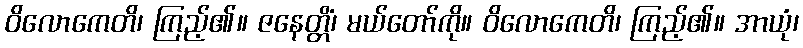
ဝိလောကေတိ၊ ကြည့်၏။ ဇနေတ္တိံ၊ မယ်တော်ကို။ ဝိလောကေတိ၊ ကြည့်၏။ အာယုံ၊